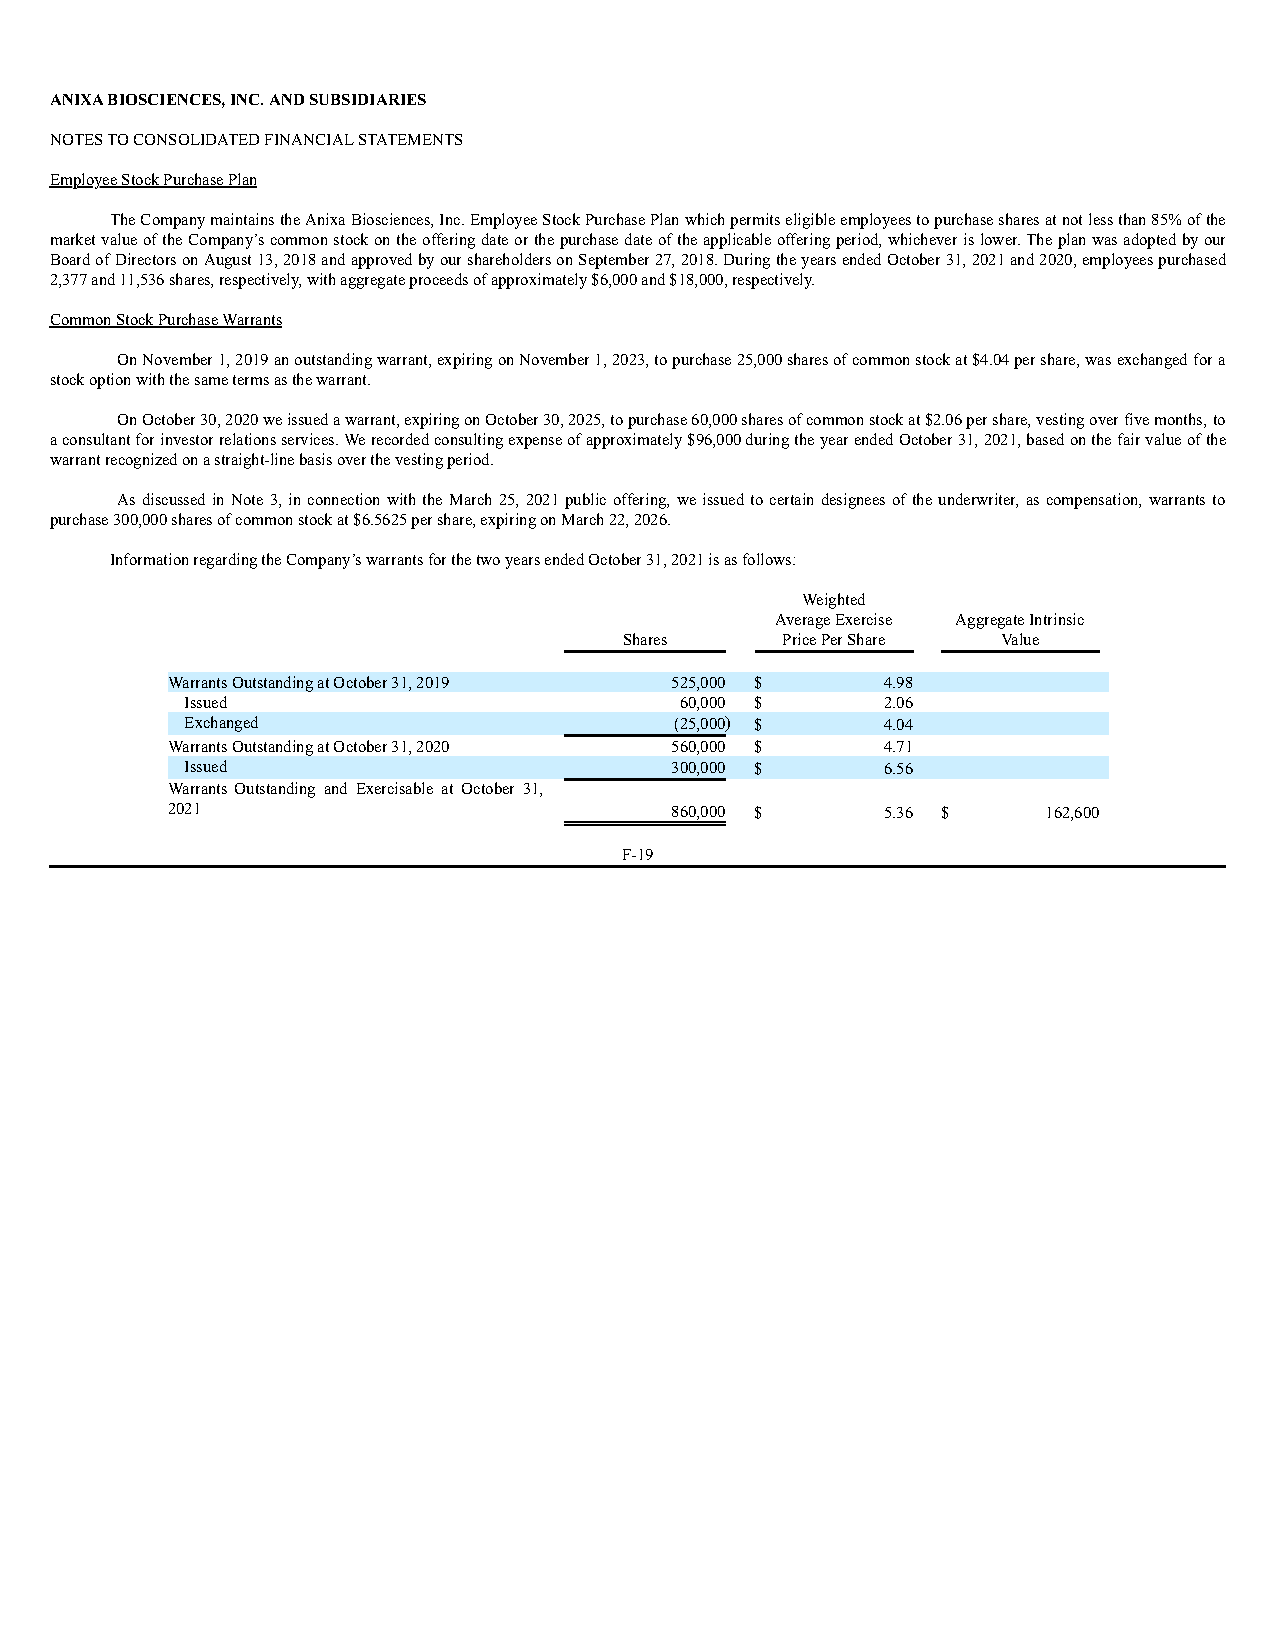
ANIXA BIOSCIENCES, INC. AND SUBSIDIARIES
 NOTES TO CONSOLIDATED FINANCIAL STATEMENTS
 Employee Stock Purchase Plan
 The Company maintains the Anixa Biosciences, Inc. Employee Stock Purchase Plan which permits eligible employees to purchase shares at not less than 85% of the
 market value of the Company’s common stock on the offering date or the purchase date of the applicable offering period, whichever is lower. The plan was adopted by our
 Board of Directors on August 13, 2018 and approved by our shareholders on September 27, 2018. During the years ended October 31, 2021 and 2020, employees purchased
 2,377 and 11,536 shares, respectively, with aggregate proceeds of approximately $6,000 and $18,000, respectively.
 Common Stock Purchase Warrants
 On November 1, 2019 an outstanding warrant, expiring on November 1, 2023, to purchase 25,000 shares of common stock at $4.04 per share, was exchanged for a
 stock option with the same terms as the warrant.
 On October 30, 2020 we issued a warrant, expiring on October 30, 2025, to purchase 60,000 shares of common stock at $2.06 per share, vesting over five months, to
 a consultant for investor relations services. We recorded consulting expense of approximately $96,000 during the year ended October 31, 2021, based on the fair value of the
 warrant recognized on a straight-line basis over the vesting period.
 As discussed in Note 3, in connection with the March 25, 2021 public offering, we issued to certain designees of the underwriter, as compensation, warrants to
 purchase 300,000 shares of common stock at $6.5625 per share, expiring on March 22, 2026.
 Information regarding the Company’s warrants for the two years ended October 31, 2021 is as follows:
 Weighted
 Average Exercise Aggregate Intrinsic
 Shares     Price Per Share Value
 Warrants Outstanding at October 31, 2019 525,000 $ 4.98
 Issued                           60,000 $      2.06
 Exchanged                        (25,000) $    4.04
 Warrants Outstanding at October 31, 2020 560,000 $ 4.71
 Issued                          300,000 $      6.56
 Warrants Outstanding and Exercisable at October 31,
 2021                             860,000 $      5.36 $    162,600
 F-19